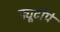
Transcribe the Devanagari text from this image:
ड्यूटीपे